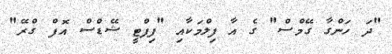
"ދަ ހަންގާ ގޭމްސް" ގެ އާ ފިލްމަކާއި "ފިފްޓީ ޝޭޑްސް އޮފް ގްރޭ"